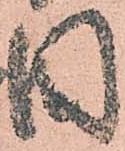
國